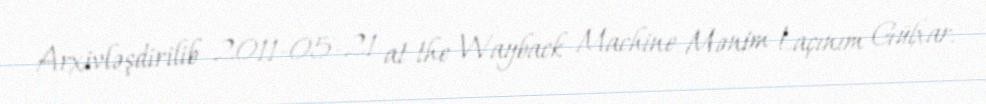
Arxivləşdirilib 2011-05-21 at the Wayback Machine Mənim Laçınım Gülxar.